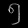
Digit: ၅